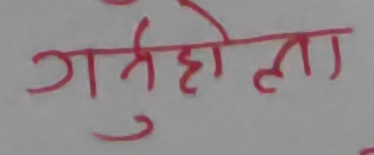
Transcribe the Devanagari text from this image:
गर्नुहोला